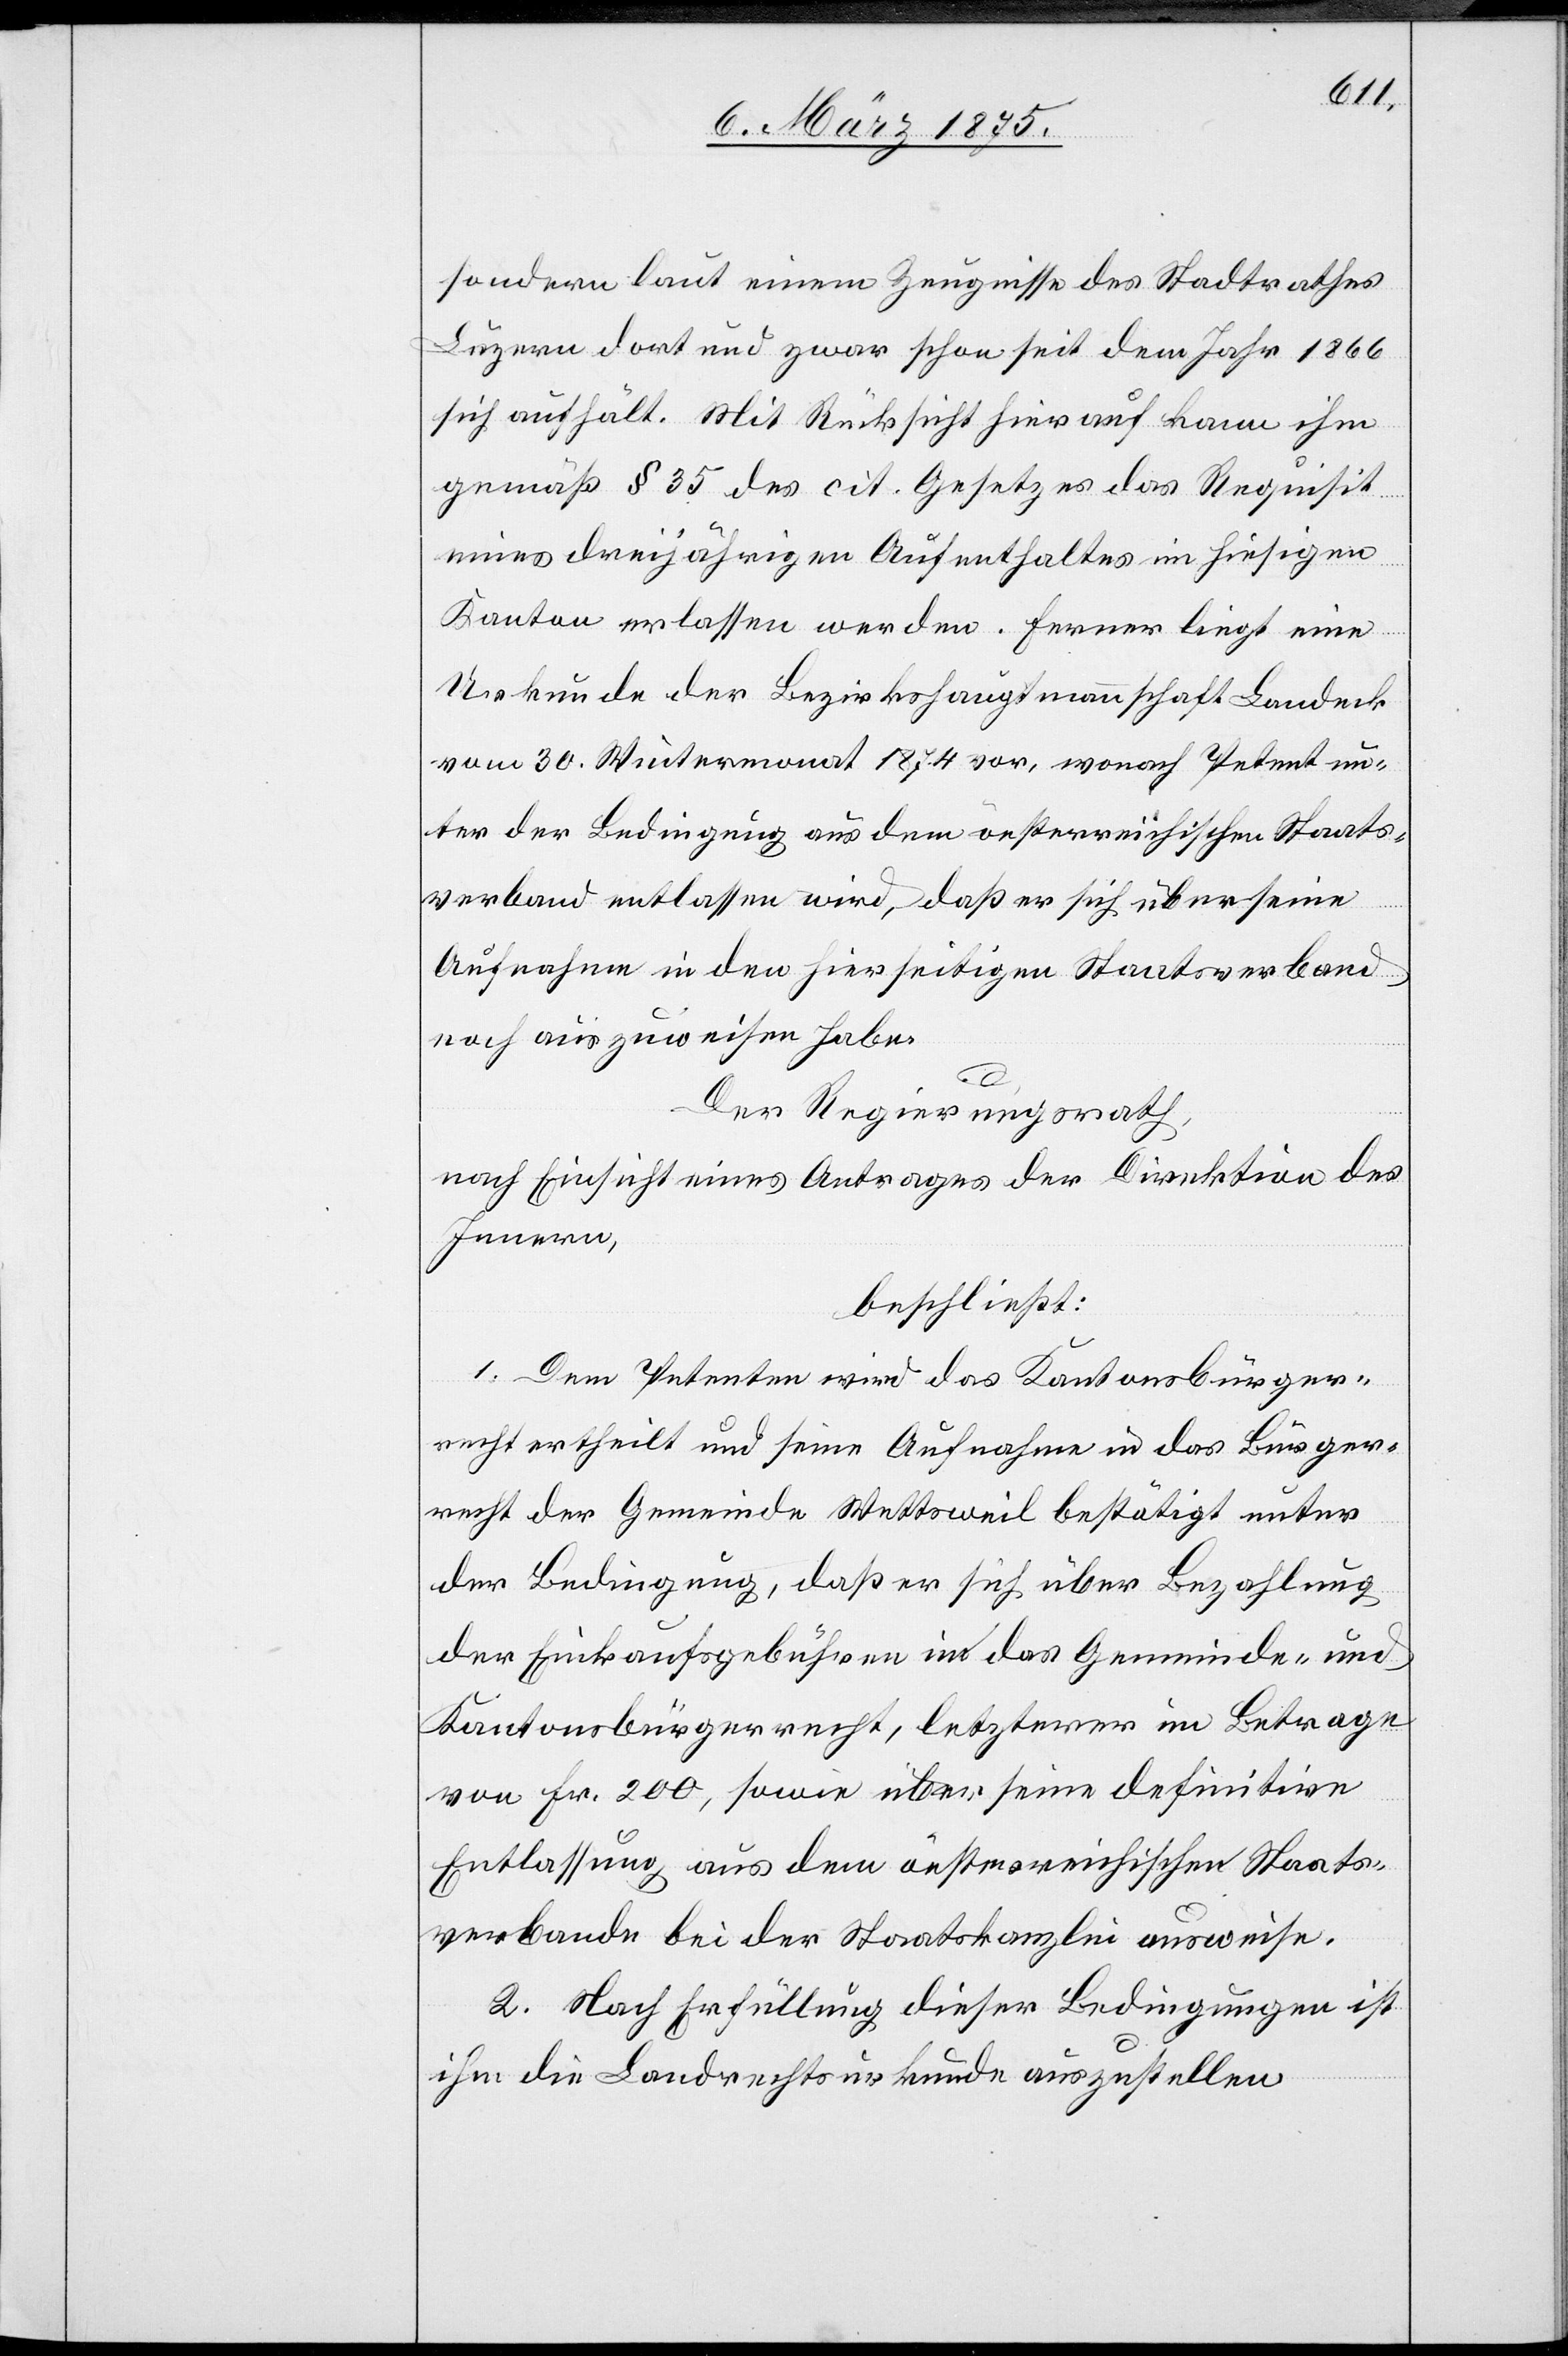
sondern laut einem Zeugnisse des Stadtrathes
Luzern dort und zwar schon seit dem Jahr 1866
sich aufhält. Mit Rücksicht hierauf kann ihm
gemäß § 35 des cit. Gesetzes das Requisit
eines dreijährigen Aufenthaltes im hiesigen
Kanton erlassen werden. Ferner liegt eine
Urkunde der Bezirkshauptmannschaft Landeck
vom 30. Wintermonat 1874 vor, wonach Petent un¬
ter der Bedingung aus dem oesterreichischen Staats¬
verband entlassen wird, daß er sich über seine
Aufnahme in den hierseitigen Staatsverband
noch auszuweisen habe.
Der Regierungsrath,
nach Einsicht eines Antrages der Direktion des
Innern,
beschließt:
1. Dem Petenten wird das Kantonsbürger¬
recht ertheilt und seine Aufnahme in das Bürger¬
recht der Gemeinde Wettsweil bestätigt unter
der Bedingung, daß er sich über Bezahlung
der Einkaufsgebühren in das Gemeinde- und
Kantonsbürgerrecht, letzterer im Betrage
von Fr. 200, sowie über seine definitive
Entlassung aus dem oesterreichischen Staats¬
verbande bei der Staatskanzlei ausweise.
2. Nach Erfüllung dieser Bedingungen ist
ihm die Landrechtsurkunde auszustellen.